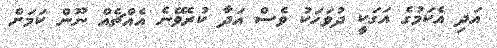
އަދި އެކަމުގެ އަގަކީ ދުވަހަކު ވެސް އަދާ ކުރެވޭނެ އެއްޗެއް ނޫން ކަމަށް